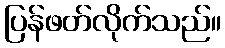
ပြန်ဖတ်လိုက်သည်။